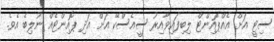
ސިޓީ އަށް އެއްޕޮއިންޓް ލިބިފައިވާއިރު ސީއެސްކޭ އަށް އަދި ޕޮއިންޓެއް ނުލިބެ އެވެ.